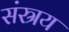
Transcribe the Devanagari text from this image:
संस्रय